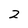
Character: 2